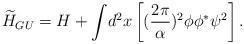
LaTeX: \begin{align*}{\widetilde H}_{GU} = H + {\displaystyle \int} d^2x \left [ (\frac{2\pi}{\alpha})^2 \phi\phi^* \psi^2 \right ].\end{align*}